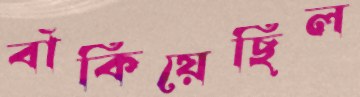
বাঁকিয়েছিল